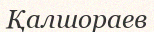
Қалшораев